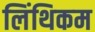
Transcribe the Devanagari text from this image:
लिंथिकम